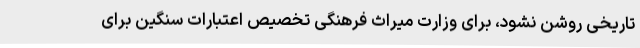
تاریخی روشن نشود، برای وزارت میراث فرهنگی تخصیص اعتبارات سنگین برای